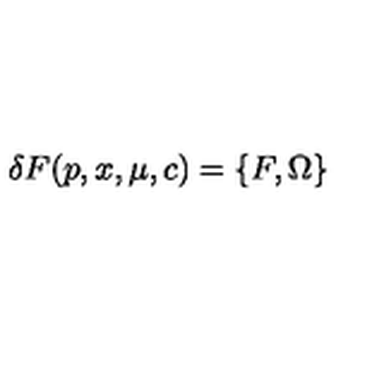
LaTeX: \delta F ( p , x , \mu , c ) = \{ F , \Omega \}